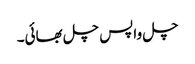
چل واپس چل بھائی۔